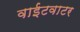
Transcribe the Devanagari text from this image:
वाईटवाटर